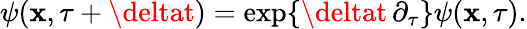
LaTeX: \psi(\mathbf{x},\tau+\deltat)=\exp\{ \deltat\, \partial_{\tau}\} \psi(\mathbf{x},\tau).